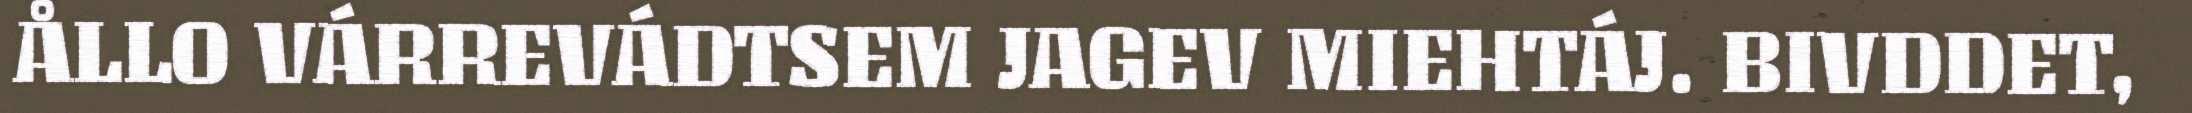
ÅLLO VÁRREVÁDTSEM JAGEV MIEHTÁJ. BIVDDET,